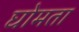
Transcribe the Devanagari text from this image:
घोमता